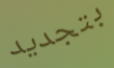
بتجديد